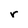
Character: r